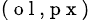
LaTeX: ^{(\mathrm{~o~l~,~p~x~})}